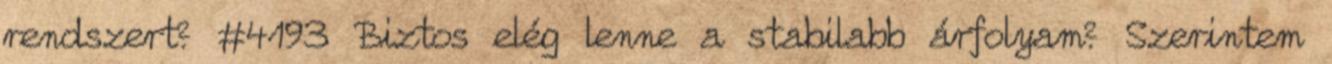
rendszert? #4193 Biztos elég lenne a stabilabb árfolyam? Szerintem